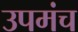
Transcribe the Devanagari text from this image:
उपमंच